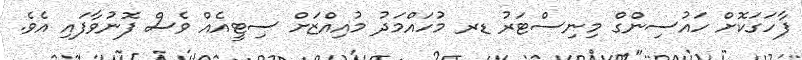
ފާހަގަކޮށް ހައުސިންގް މިނިސްޓަރު ޑރ މުހައްމަދު މުއިއްޒަށް ސިޓީއެއް ވެސް ފޮނުވާފައި އެވެ.